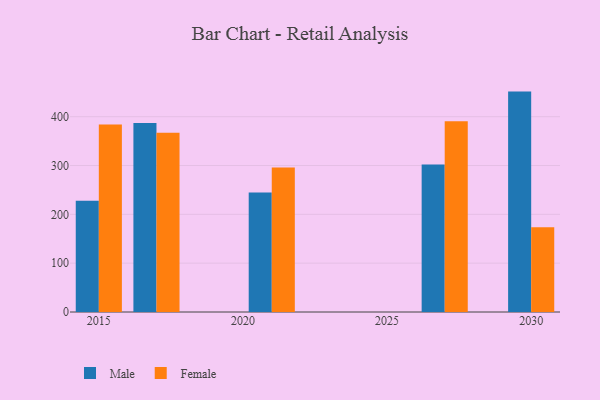
{"axis": {"x": "Year", "y": "Waste Production (Tons)"}, "legend": ["Female", "Male"], "data": [{"x": "2015", "y": 227.9, "type": "Male"}, {"x": "2015", "y": 383.8, "type": "Female"}, {"x": "2017", "y": 387.2, "type": "Male"}, {"x": "2017", "y": 366.9, "type": "Female"}, {"x": "2030", "y": 451.4, "type": "Male"}, {"x": "2030", "y": 173.4, "type": "Female"}, {"x": "2027", "y": 301.9, "type": "Male"}, {"x": "2027", "y": 390.7, "type": "Female"}, {"x": "2021", "y": 245.0, "type": "Male"}, {"x": "2021", "y": 295.7, "type": "Female"}]}